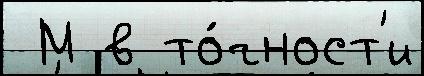
 М в то́чност'и